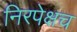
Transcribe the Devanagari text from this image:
निरपेक्षच